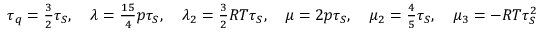
\begin{array} { r } { \tau _ { q } = \frac { 3 } { 2 } \tau _ { S } , \quad \lambda = \frac { 1 5 } { 4 } p \tau _ { S } , \quad \lambda _ { 2 } = \frac { 3 } { 2 } R T \tau _ { S } , \quad \mu = 2 p \tau _ { S } , \quad \mu _ { 2 } = \frac { 4 } { 5 } \tau _ { S } , \quad \mu _ { 3 } = - R T \tau _ { S } ^ { 2 } } \end{array}